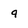
Character: q